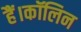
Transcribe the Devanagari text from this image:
हैं।कॉलिन